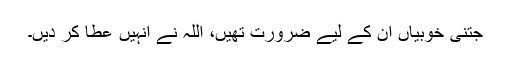
جتنی خوبیاں اُن کے لیے ضرورت تھیں، اللہ نے اُنہیں عطا کر دیں۔